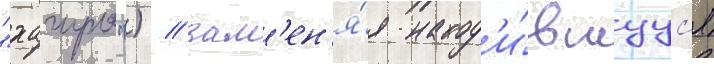
"хагуро") / зам'ен'я́я наход'и́вшуус'я